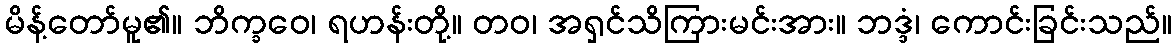
မိန့်တော်မူ၏။ ဘိက္ခဝေ၊ ရဟန်းတို့။ တဝ၊ အရှင်သိကြားမင်းအား။ ဘဒ္ဒံ၊ ကောင်းခြင်းသည်။